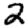
Digit: 2